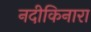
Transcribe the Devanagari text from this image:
नदीकिनारा